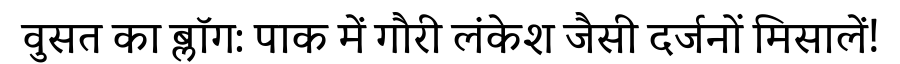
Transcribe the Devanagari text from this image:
वुसत का ब्लॉग: पाक में गौरी लंकेश जैसी दर्जनों मिसालें!